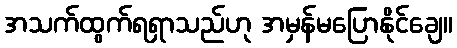
အသက်ထွက်ရရှာသည်ဟု အမှန်မပြောနိုင်ချေ။